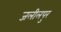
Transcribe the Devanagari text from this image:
जलीलपुर